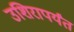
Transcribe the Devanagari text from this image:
उशिरापर्यंत